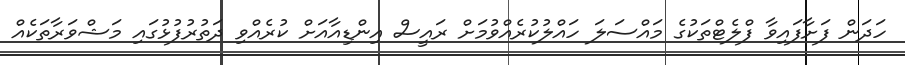
ހަދަން ފަށާފައިވާ ފްލެޓްތަކުގެ މައްސަލަ ހައްލުކުރެއްވުމަށް ރައީސް އިންޑިއާއަށް ކުރެއްވި ދަތުރުފުޅުގައި މަޝްވަރާތަކެއް